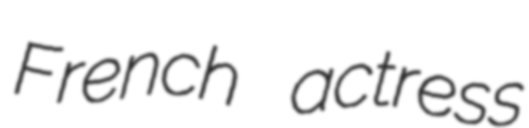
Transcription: French actress